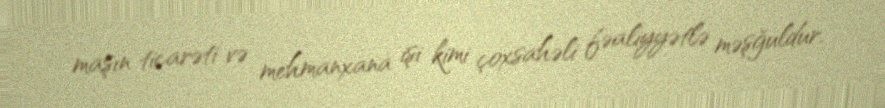
maşın ticarəti və mehmanxana işi kimi çoxsahəli fəaliyyətlə məşğuldur.